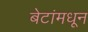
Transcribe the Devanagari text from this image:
बेटांमधून